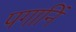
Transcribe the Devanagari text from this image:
पगानिं